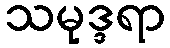
သမုဒ္ဒရာ